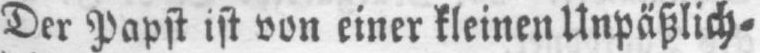
Der Papst ist von einer kleinen Unpäßlich⸗